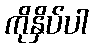
ကိုနှိပ်ပါ